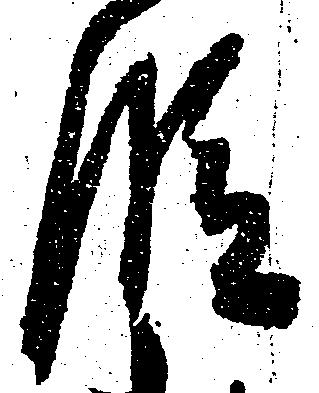
段